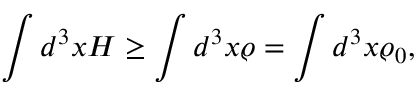
\int d ^ { 3 } x { \cal H } \ge \int d ^ { 3 } x \varrho = \int d ^ { 3 } x \varrho _ { 0 } ,